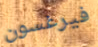
فيرغسون